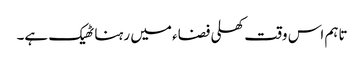
تاہم اس وقت کھلی فضاء میں رہنا ٹھیک ہے۔